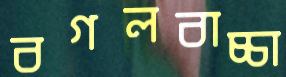
বগলবাচ্চা